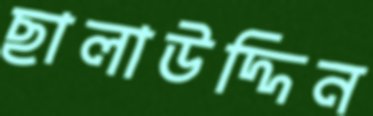
ছালাউদ্দিন